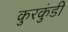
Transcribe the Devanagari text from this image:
कुरकुंडी